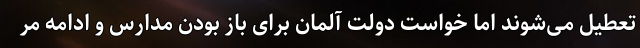
تعطیل می‌شوند اما خواست دولت آلمان برای باز بودن مدارس و ادامه مر